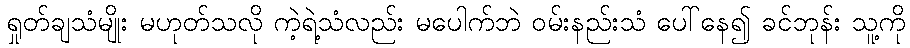
ရှုတ်ချသံမျိုး မဟုတ်သလို ကဲ့ရဲ့သံလည်း မပေါက်ဘဲ ဝမ်းနည်းသံ ပေါ်နေ၍ ခင်ဘုန်း သူ့ကို